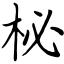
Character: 柲